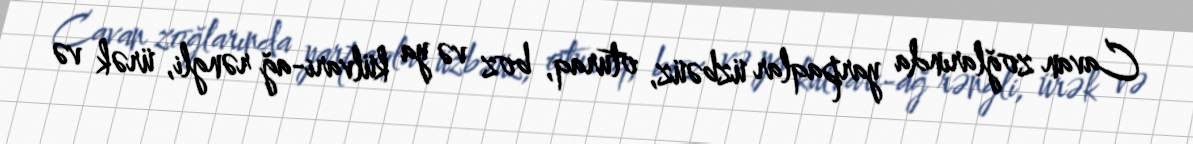
Cavan zoğlarında yarpaqlar üzbəüz, oturaq, boz və ya külvari-ağ rəngli, ürək və